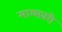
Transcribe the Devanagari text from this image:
माम्सबरी